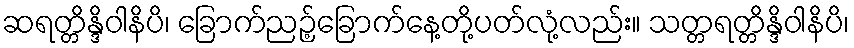
ဆရတ္တိန္ဒိဝါနိပိ၊ ခြောက်ညဉ့်ခြောက်နေ့တို့ပတ်လုံ့လည်း။ သတ္တရတ္တိန္ဒိဝါနိပိ၊